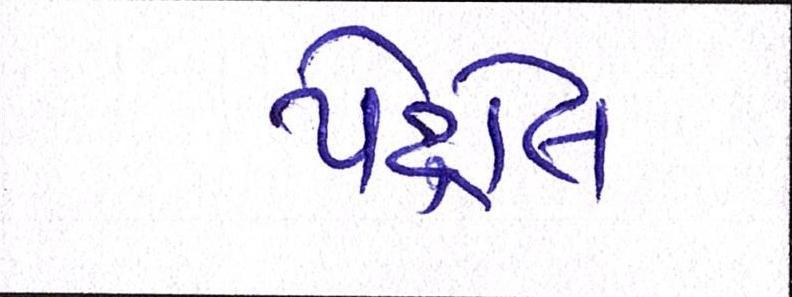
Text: પેટ્રોલ